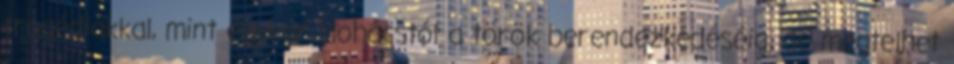
tragédiákkal, mint egykor Mohácstól a török berendezkedéséig, de megtelhet